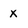
Character: x